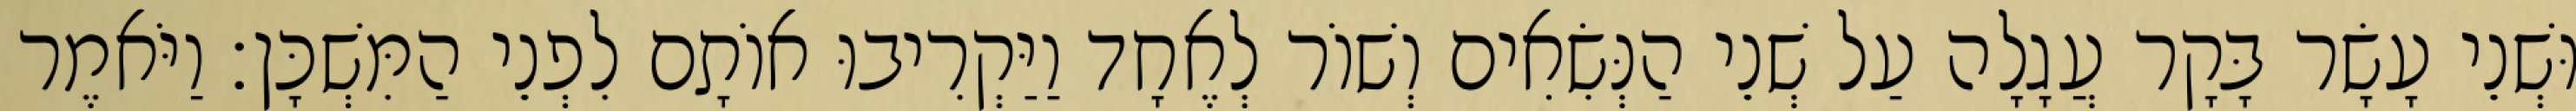
וּשְׁנֵי עָשָׂר בָּקָר עֲגָלָה עַל שְׁנֵי הַנְּשִׂאִים וְשׁוֹר לְאֶחָד וַיַּקְרִיבוּ אוֹתָם לִפְנֵי הַמִּשְׁכָּן׃ וַיֹּאמֶר